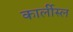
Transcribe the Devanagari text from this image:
कार्लीस्ल